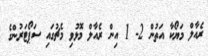
ރެއާލް މަޔޯކާ އަތުން 2- 1 އިން ރެއާލް މޮޅުވި މެޗުގައި ސަޕޯޓަރުންގެ